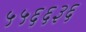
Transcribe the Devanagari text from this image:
५५६६३६